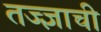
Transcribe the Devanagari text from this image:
तज्ज्ञाची